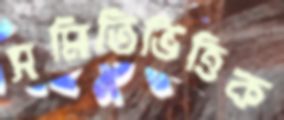
সমিতিভিত্তিক